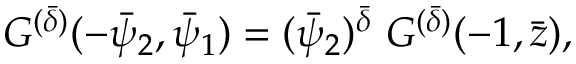
G ^ { ( \bar { \delta } ) } ( - \bar { \psi } _ { 2 } , \bar { \psi } _ { 1 } ) = ( \bar { \psi } _ { 2 } ) ^ { \bar { \delta } } ~ G ^ { ( \bar { \delta } ) } ( - 1 , \bar { z } ) ,